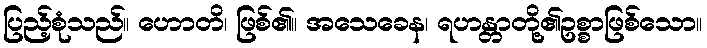
ပြည့်စုံသည်။ ဟောတိ၊ ဖြစ်၏။ အသေခေန၊ ရဟန္တာတို့၏ဥစ္စာဖြစ်သော။